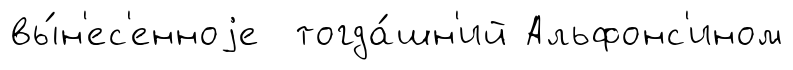
вы́н'ес'енноjе тогда́шн'ий Альфонс'ином